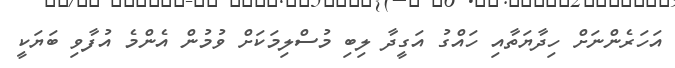
އަހަރެންނަށް ހިދާޔަތާއި ހައްގު އަގީދާ ލިބި މުސްލިމަކަށް ވުމުން އެންމެ އުފާވި ބަޔަކީ